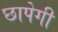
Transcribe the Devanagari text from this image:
छापेगी